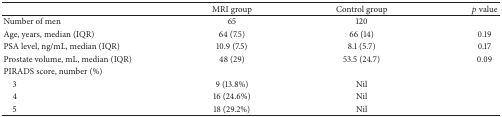
<table><thead><tr><td>[EMPTY_CELL]</td><td><b>MRI group</b></td><td><b>Control group</b></td><td><b><i>p</i> value</b></td></tr></thead><tbody><tr><td>Number of men</td><td>65</td><td>120</td><td>[EMPTY_CELL]</td></tr><tr><td>Age, years, median (IQR)</td><td>64 (7.5)</td><td>66 (14)</td><td>0.19</td></tr><tr><td>PSA level, ng/mL, median (IQR)</td><td>10.9 (7.5)</td><td>8.1 (5.7)</td><td>0.17</td></tr><tr><td>Prostate volume, mL, median (IQR)</td><td>48 (29)</td><td>53.5 (24.7)</td><td>0.09</td></tr><tr><td>PIRADS score, number (%)</td><td>[EMPTY_CELL]</td><td>[EMPTY_CELL]</td><td>[EMPTY_CELL]</td></tr><tr><td> 3</td><td>9 (13.8%)</td><td>Nil</td><td>[EMPTY_CELL]</td></tr><tr><td> 4</td><td>16 (24.6%)</td><td>Nil</td><td>[EMPTY_CELL]</td></tr><tr><td> 5</td><td>18 (29.2%)</td><td>Nil</td><td>[EMPTY_CELL]</td></tr></tbody></table>